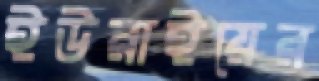
ইউরাইয়ের